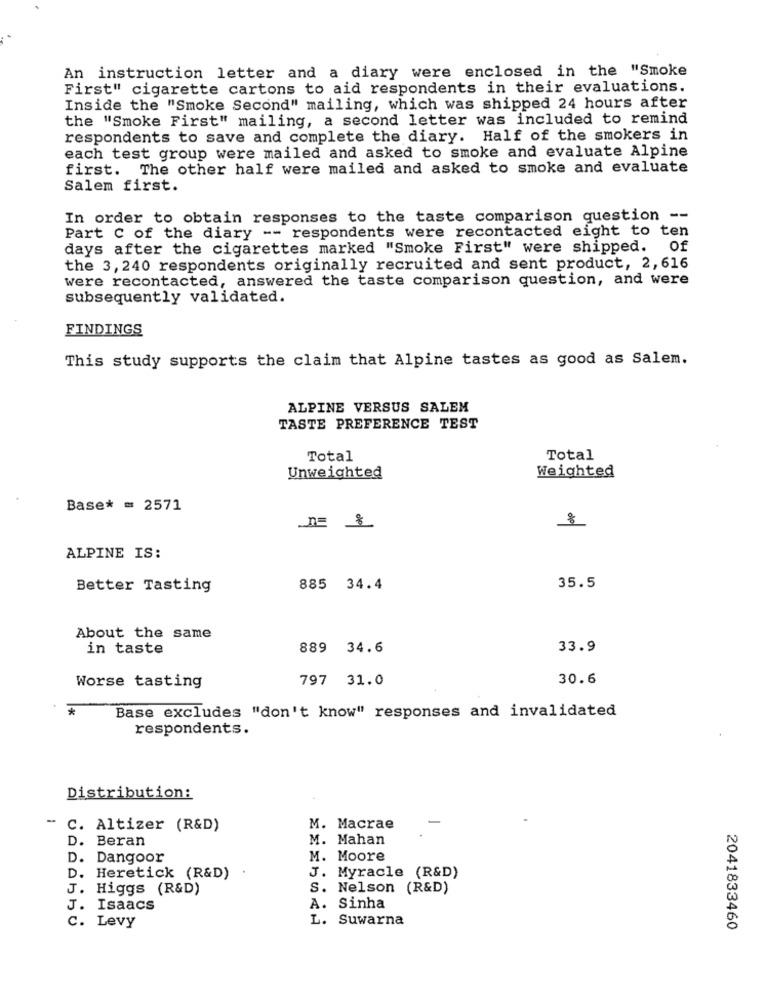
An instruction letter and a diary were enclosed in the "Smoke
First" cigarette cartons to aid respondents in their evaluations.
Inside the "Smoke Second" mailing, which was shipped 24 hours after
the "Smoke First" mailing, a second letter was included to remind
respondents to save and complete the diary. Half of the smokers in
each test group were mailed and asked to smoke and evaluate Alpine
first. The other half were mailed and asked to smoke and evaluate
Salem first.
In order to obtain responses to the taste comparison question --
Part C of the diary -- respondents were recontacted eight to ten
days after the cigarettes marked "Smoke First" were shipped. Of
the 3, 240 respondents originally recruited and sent product, 2,616
were recontacted, answered the taste comparison question, and were
subsequently validated.
FINDINGS
This study supports the claim that Alpine tastes as good as Salem.
ALPINE VERSUS SALEM
TASTE PREFERENCE TEST
Total
Total
Unweighted
Weighted
Base* = 2571
8
ALPINE IS:
Better Tasting
885 34.4
35.5
About the same
in taste
889 34.6
33.9
797 31.0
30.6
Worse tasting
*
Base excludes "don't know" responses and invalidated
respondents.
Distribution:
-
C. Altizer (R&D)
M. Macrae
D. Beran
M. Mahan
D.
Dangoor
M. Moore
J. Myracle (R&D)
D.
Heretick (R&D)
J. Higgs (R&D)
S. Nelson (R&D)
J. Isaacs
A. Sinha
C. Levy
L. Suwarna
2041833460